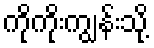
ကိုကိုးကျွန်းသို့